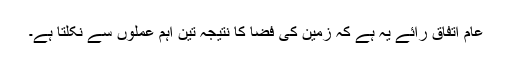
عام اتفاق رائے یہ ہے کہ زمین کی فضا کا نتیجہ تین اہم عملوں سے نکلتا ہے۔